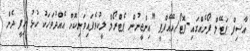
އާސިފް ޕަޓޭލް ފޯނެއްގައި-ފޮޓޯ/އޭއެފްޕީ "އިންޖީނުން ޕެޓްރޯލް ލީކުވެފައިވަނިކޮށް އެއްދުވަހަކު ހުޅު ހިފީ ދެން